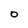
Character: 0